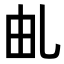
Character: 𠃦